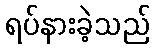
ရပ်နားခဲ့သည်